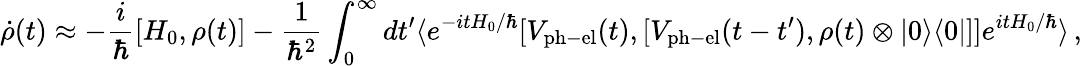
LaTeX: \dot{\rho}(t)\approx-\frac{i}{\hbar}[H_{0},\rho(t)]-\frac{1}{\hbar^{2}}\int_{0}^{\infty}dt^{\prime}\langle e^{-itH_{0}/\hbar}[V_{\mathrm{ph-el}}(t),[V_{\mathrm{ph-el}}(t-t^{\prime}),\rho(t)\otimes|0\rangle\langle 0|]]e^{itH_{0}/\hbar}\rangle\, ,